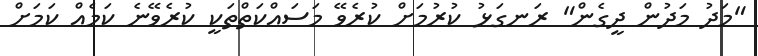
"މަދު މަދުން ދީގެން" ރަނގަޅު ކުރުމަށް ކުރެވޭ މަސައްކަތްތަކީ ކުރެވޭނެ ކަމެއް ކަމަށް